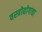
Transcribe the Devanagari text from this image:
वस्त्रोद्योगाचा